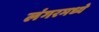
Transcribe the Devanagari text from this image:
लंगरमध्ये